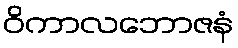
ဝိကာလဘောဇနံ